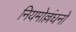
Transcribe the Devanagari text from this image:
नियमोल्लंघनों